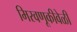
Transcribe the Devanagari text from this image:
मिरवणूकीवेळी